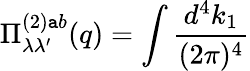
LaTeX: \Pi_{\lambda\lambda^{\prime}}^{(2)\mathtt{a}b}(q)=\int\frac{{d^{4}k_{1}}}{{(2\pi)^{4}}}